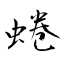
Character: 蜷